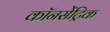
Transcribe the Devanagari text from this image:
कॉनसेंट्रिक